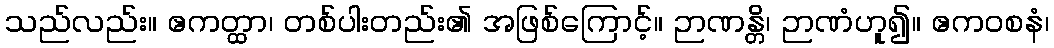
သည်လည်း။ ဧကတ္ထာ၊ တစ်ပါးတည်း၏ အဖြစ်ကြောင့်။ ဉာဏန္တိ၊ ဉာဏံဟူ၍။ ဧကဝစနံ၊